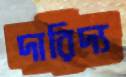
দারিদ্য